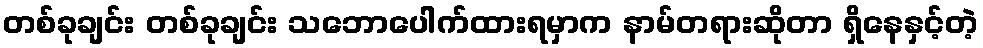
တစ်ခုချင်း တစ်ခုချင်း သဘောပေါက်ထားရမှာက နာမ်တရားဆိုတာ ရှိနေနှင့်တဲ့